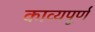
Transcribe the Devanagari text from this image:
काव्यपूर्ण